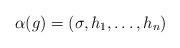
\begin{align*}\alpha(g)= (\sigma, h_1, \ldots, h_n)\end{align*}